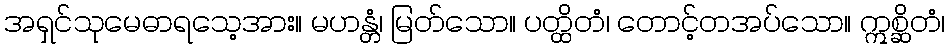
အရှင်သုမေဓာရသေ့အား။ မဟန္တံ၊ မြတ်သော။ ပတ္ထိတံ၊ တောင့်တအပ်သော။ ဣစ္ဆိတံ၊